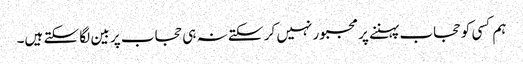
ہم کسی کو حجاب پہننے پر مجبور نہیں کر سکتے نہ ہی حجاب پر بین لگا سکتے ہیں۔